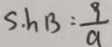
S . h B = \frac { 9 } { a }